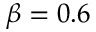
\beta = 0 . 6